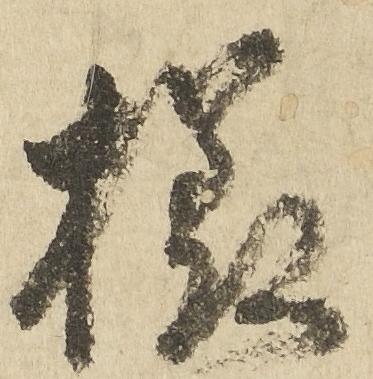
様